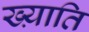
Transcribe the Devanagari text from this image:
ख्य़ाति